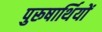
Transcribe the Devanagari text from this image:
पुरूषार्थियों